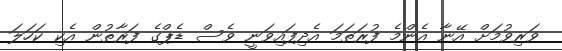
ވަރިވުމަށް އޭނާ އެންމެ ފުރަތަމަ އެދިފައިވަނީ ވެސް ޑެޕްގެ ފަރާތުން އެކި ކަހަލަ